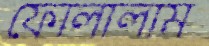
ফোলালাম